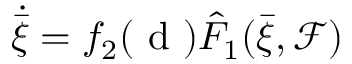
\dot { \bar { \xi } } = f _ { 2 } ( \mathrm { ~ d ~ } ) \hat { F } _ { 1 } ( \bar { \xi } , \mathcal { F } )